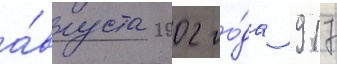
а́вгуста 2002 го́да 917